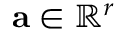
\mathbf { a } \in \mathbb { R } ^ { r }